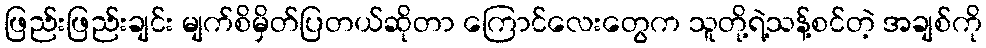
ဖြည်းဖြည်းချင်း မျက်စိမှိတ်ပြတယ်ဆိုတာ ကြောင်လေးတွေက သူတို့ရဲ့သန့်စင်တဲ့ အချစ်ကို